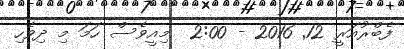
ފެބްރުއަރީ 12